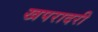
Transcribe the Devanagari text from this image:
खपरादरी